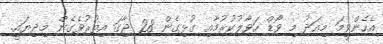
އެހެންވީމަ މިއަދު މި ވޯޑް ހަވާލުކުރުމާއި ގުޅިގެން 28 ޖާގަ އިތުރުވެގެން މިދިޔައީ.